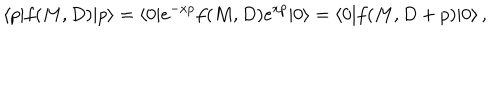
\langle p | f ( M , D ) | p \rangle = \langle 0 | e ^ { - x p } f ( M , D ) e ^ { x p } | 0 \rangle = \langle 0 | f ( M , D + p ) | 0 \rangle \, ,